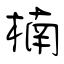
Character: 楠